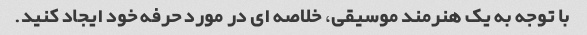
با توجه به یک هنرمند موسیقی، خلاصه ای در مورد حرفه خود ایجاد کنید.